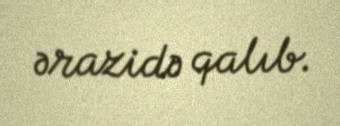
ərazidə qalıb.